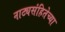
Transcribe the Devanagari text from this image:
नाट्यसंहितेच्या